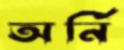
অর্নি